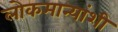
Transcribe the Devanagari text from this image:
लोकमान्यांशी